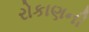
રોકાણની